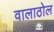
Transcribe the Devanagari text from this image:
वालाठोल